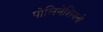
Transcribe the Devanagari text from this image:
पोलिनेशियनों